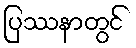
ပြဿနာတွင်